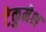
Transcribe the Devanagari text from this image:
टेकुमेश